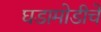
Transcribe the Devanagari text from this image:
घडामोडीचे